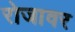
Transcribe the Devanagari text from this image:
रोजावर